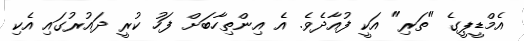
އެމްޑީޕީގެ "ތަރި" އަކީ ފުއާދެވެ. އެ އިންތިހާބަށް ފަހު ކުރީ ދައުރުގައި އެކި